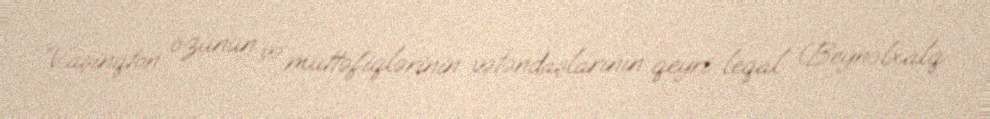
“Vaşinqton özünün və müttəfiqlərinin vətəndaşlarının qeyri-leqal (Beynəlxalq